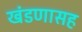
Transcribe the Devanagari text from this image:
खंडणासह